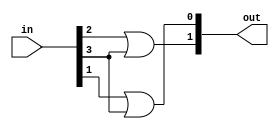
`timescale 1ns / 1ps
//////////////////////////////////////////////////////////////////////////////////
// Company: 
// Engineer: 
// 
// Design Name: 
// Module Name: lab1_encoder
// Project Name: 
// Target Devices: 
// Tool Versions: 
// Description: 
// 
// Dependencies: 
// 
// Revision:
// Revision 0.01 - File Created
// Additional Comments:
// 
//////////////////////////////////////////////////////////////////////////////////

module lab1_encoder(
    input [3:0] in,
    output [1:0] out
    );
    assign out[1] = in[2] | in[3];
    assign out[0] = in[1] | in[3];    
endmodule